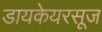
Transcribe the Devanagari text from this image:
डायकेयरसूज